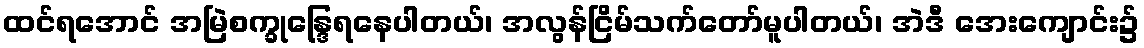
ထင်ရအောင် အမြဲစက္ခုန္ဒြေရနေပါတယ်၊ အလွန်ငြိမ်သက်တော်မူပါတယ်၊ အဲဒီ အေးကျောင်း၌